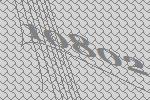
10802